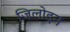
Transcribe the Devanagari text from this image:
जिलोइन